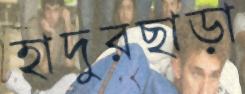
হাদুরছাড়া